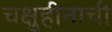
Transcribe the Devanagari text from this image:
चक्षुहीनाची